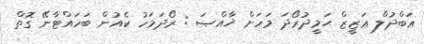
ޢަބްދުލް ޢަޒީޒް ޙަމީދުރޯދަ މަހަށް ޚާއްޞަ : ރޯދަމަހު ކެއުން ބަހައްޓާނޭ ގޮތް